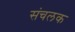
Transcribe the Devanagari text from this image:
संचलक